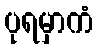
ပုရမှာကံ